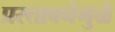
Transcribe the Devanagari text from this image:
प्रस्तावनेमुळे